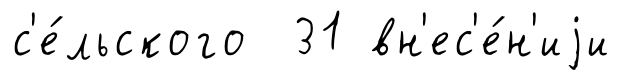
с'е́льского 31 вн'ес'е́н'иjи